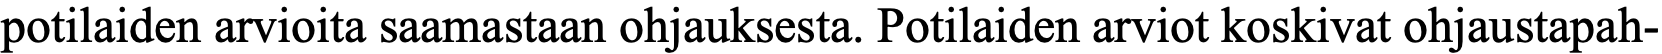
potilaiden arvioita saamastaan ohjauksesta. Potilaiden arviot koskivat ohjaustapah-